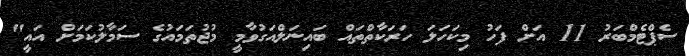
ސެޕްޓެމްބަރު 11 އަށް ފަހު މިކަހަލަ ހަރަކާތްތައް ބައިނަލްއަގުވާމީ މުޖުތަމައުގެ ސަމާލުކަމަށް އައީ"